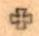
+